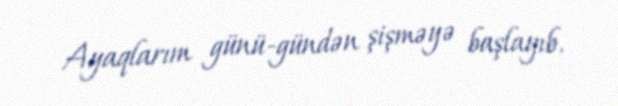
Ayaqlarım günü-gündən şişməyə başlayıb.